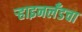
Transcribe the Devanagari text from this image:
ऱ्हाइनलँडचा